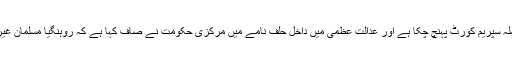
غور طلب ہے کہ یہ معاملہ سپریم کورٹ پہنچ چکا ہے اور عدالت عظمی میں داخل حلف نامے میں مرکزی حکومت نے صاف کہا ہے کہ روہنگیا مسلمان غیر قانونی تارکین وطن ہیں۔